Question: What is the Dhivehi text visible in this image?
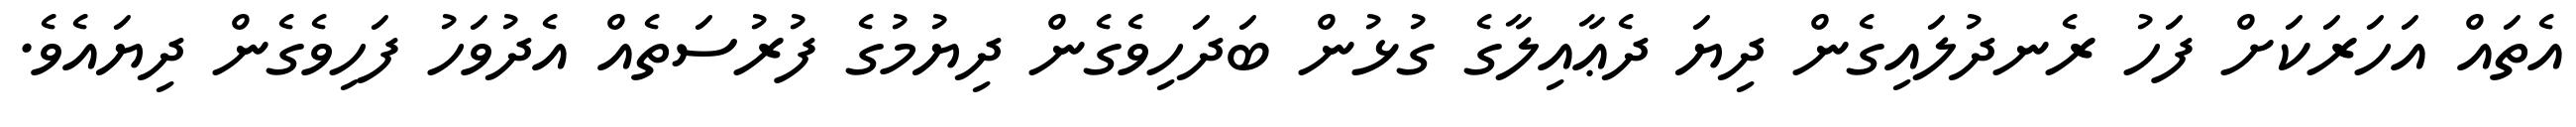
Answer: އެތައް އަހަރަކަށް ފަހު ރެނދުލައިގެން ދިޔަ ދެޢާއިލާގެ ގުޅުން ބަދަހިވެގެން ދިޔުމުގެ ފުރުސަތެއް އެދުވަހު ފަހިވެގެން ދިޔައެވެ.